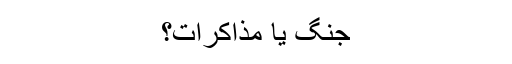
جنگ یا مذاکرات؟